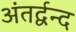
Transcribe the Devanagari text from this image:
अंतर्द्वन्द